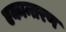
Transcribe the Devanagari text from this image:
एकान्तरण